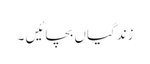
زندگیاں بچائیں ۔